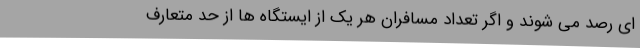
ای رصد می شوند و اگر تعداد مسافران هر یک از ایستگاه ها از حد متعارف